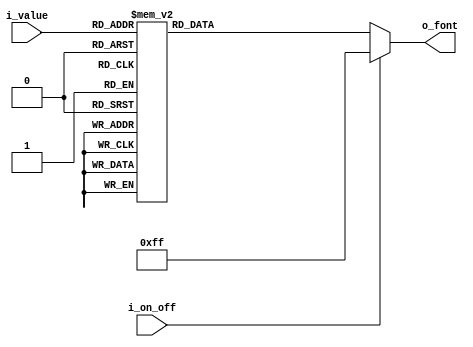
module bcd2fnd_decoder(
        input[3:0] i_value,
        input i_on_off,

        output[7:0] o_font
    );

    reg[7:0] r_font;
    assign o_font = r_font;

    always @(*) begin
        if(i_on_off) begin
            r_font = 8'hff;
        end
        else begin
            case (i_value)
                4'h0 : r_font = 8'hc0;
                4'h1 : r_font = 8'hf9;
                4'h2 : r_font = 8'ha4;
                4'h3 : r_font = 8'hb0;
                4'h4 : r_font = 8'h99;
                4'h5 : r_font = 8'h92;
                4'h6 : r_font = 8'h82;
                4'h7 : r_font = 8'hf8;
                4'h8 : r_font = 8'h80;
                4'h9 : r_font = 8'h90;
                4'ha : r_font = 8'h7f;
                default : r_font = 8'hff;
            endcase
        end
        
    end
endmodule